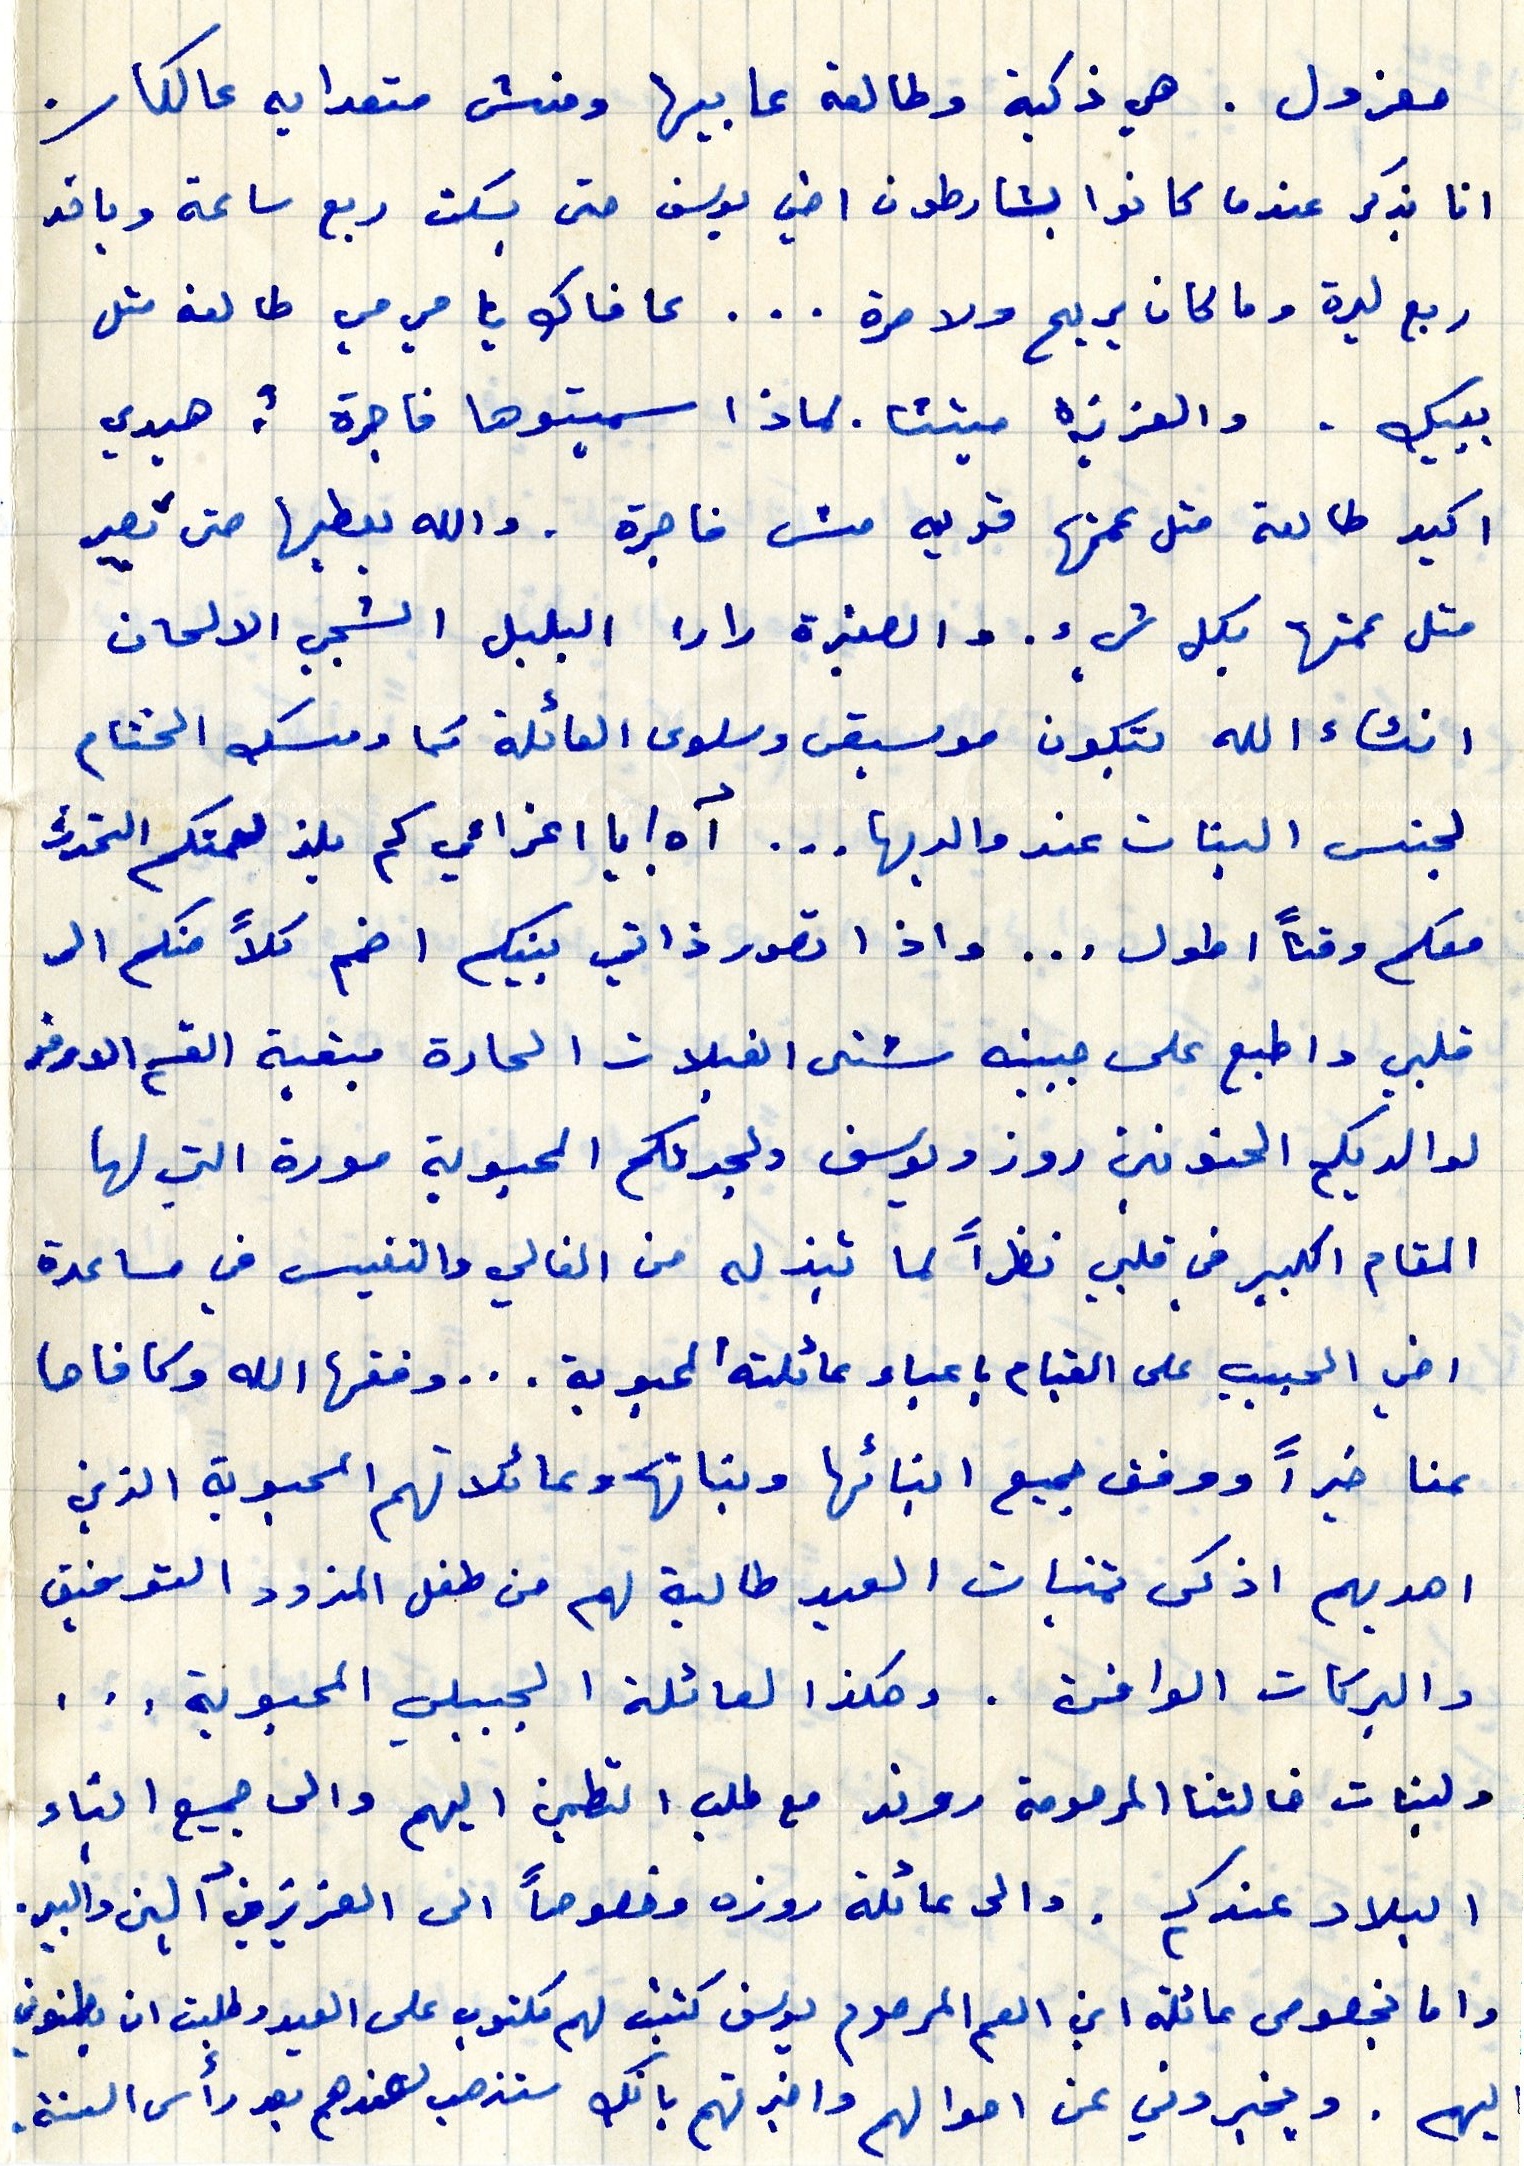
معزول. هي ذكية وطلعة عا بيها ومنش متعدايه عالكار.
انا بذكر عندما كانوا يشارطون أخي يوسف حتى يسكت ربع ساعة وياخد
ربع ليرة وما كان يربح ولا مرة ... عافاك يا مي مي طالعة مثل
بييك . والعزيزه ميتثا. لماذا سميتوها فاجرة ؟ هيدي
اكيد طالعة متل عمتها قوية مش فاجرة. والله يعطيها حتى تصير
متل عمتها بكل شيء. والصغيرة لارا البلبل الشجي الالحان
انشاء الله بتكون موسيقى وسلوى العائلة كما ومسك الختام
لجنس البنات عند والديها... أه! يا اعزائي كم يلز لعمتكم التحدث
معكم وقتاَ اطول ... واذ اتصور ذاتي بينكم اضمم كلاً منكم الى
قلبي واطبع على جبينه شتى القبلات الحارة مبقية القسم الاوفر
لوالديكم الحنونين روز ويوسف ولجدتكم المحبوبة مورة التي لها
المقام الكبير في قلبي نظراً لما تبذله من الغالي والنفيس في مساعدة
اخي الحبيب على القيام باعباء عائلته المحبوبة ... وفقها الله وكافاها
عنا خيراً ووفق جميع ابنائها وبناتها وعائلاتهم الحبوبة الذين
اهديهم اذكى تمنيات العيد طالبة لهم من طفل المزود التوفيق
والبركات الوافرة. وهكذا لعائلة الجبيلي المحبوبة ...
ولبنات خالتنا المرحومة روند مع طلب التطمين اليهم والى جميع ابناء
البلاد عندك . والى عائلة روزه وخصوصاً العزيزين ألين والبير.
واما بخصوص عائلة ابن العم المرحوم يوسف كتبت لهم مكتوب على العيد وطلبت ان يطمنوني
اليهم . ويخبروني عن احوالهم واخبرتهم بانك ستذهب لعندهم بعد رأس السنة.